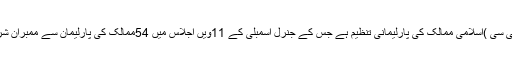
(پی یو آئی سی )اسلامی ممالک کی پارلیمانی تنظیم ہے جس کے جنرل اسمبلی کے 11ویں اجلاس میں 54ممالک کی پارلیمان سے ممبران شریک ہیں۔